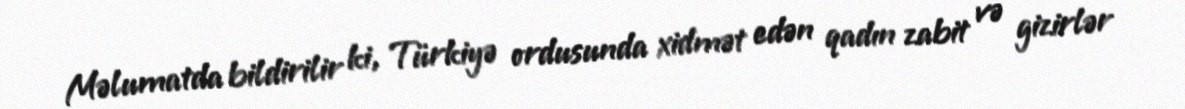
Məlumatda bildirilir ki, Türkiyə ordusunda xidmət edən qadın zabit və gizirlər